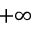
+ \infty